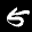
Digit: 6